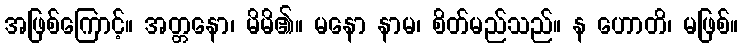
အဖြစ်ကြောင့်။ အတ္တနော၊ မိမိ၏။ မနော နာမ၊ စိတ်မည်သည်။ န ဟောတိ၊ မဖြစ်။